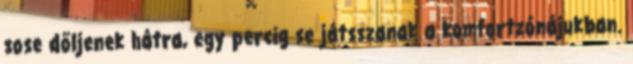
sose dőljenek hátra, egy percig se játsszanak a komfortzónájukban.